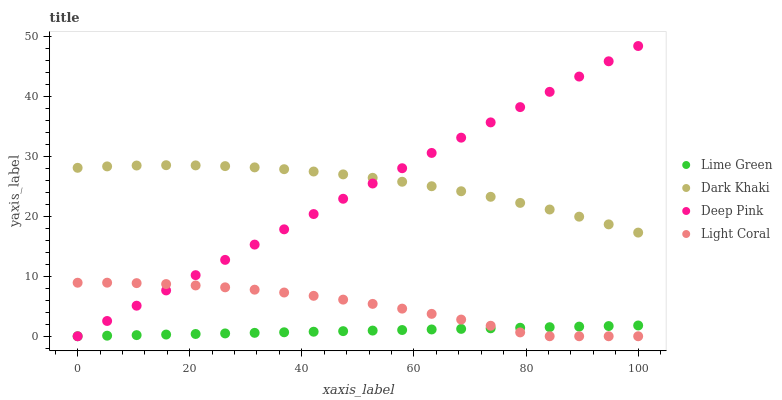
| xaxis_label | Lime Green | Dark Khaki | Deep Pink | Light Coral |
 | --- | --- | --- | --- | --- |
 | 0 | 0 | 28.1 | 0 | 8.93 |
 | 5.26 | 0.0945 | 28.3 | 2.55 | 8.93 |
 | 10.5 | 0.189 | 28.5 | 5.09 | 8.86 |
 | 15.8 | 0.284 | 28.5 | 7.64 | 8.7 |
 | 21.1 | 0.378 | 28.5 | 10.2 | 8.47 |
 | 26.3 | 0.473 | 28.4 | 12.7 | 8.16 |
 | 31.6 | 0.567 | 28.2 | 15.3 | 7.76 |
 | 36.8 | 0.662 | 27.9 | 17.8 | 7.29 |
 | 42.1 | 0.756 | 27.5 | 20.4 | 6.74 |
 | 47.4 | 0.851 | 27 | 22.9 | 6.11 |
 | 52.6 | 0.945 | 26.4 | 25.5 | 5.4 |
 | 57.9 | 1.04 | 25.8 | 28 | 4.6 |
 | 63.2 | 1.13 | 25 | 30.6 | 3.73 |
 | 68.4 | 1.23 | 24.2 | 33.1 | 2.78 |
 | 73.7 | 1.32 | 23.2 | 35.7 | 1.75 |
 | 78.9 | 1.42 | 22.2 | 38.2 | 0.641 |
 | 84.2 | 1.51 | 21.1 | 40.7 | 0 |
 | 89.5 | 1.61 | 19.9 | 43.3 | 0 |
 | 94.7 | 1.7 | 18.7 | 45.8 | 0 |
 | 100 | 1.8 | 17.3 | 48.4 | 0 |